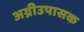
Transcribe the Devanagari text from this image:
अग्नीउपासक